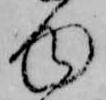
ゆ